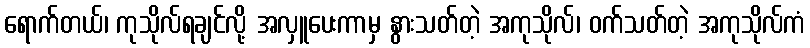
ရောက်တယ်၊ ကုသိုလ်ရချင်လို့ အလှူပေးကာမှ နွားသတ်တဲ့ အကုသိုလ်၊ ဝက်သတ်တဲ့ အကုသိုလ်ကံ